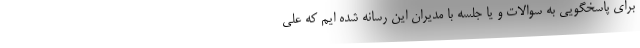
برای پاسخگویی به سوالات و یا جلسه با مدیران این رسانه شده ایم که علی